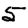
Digit: 5